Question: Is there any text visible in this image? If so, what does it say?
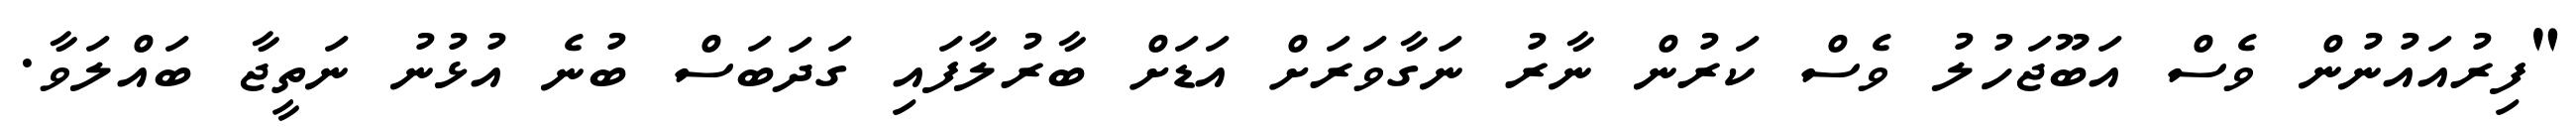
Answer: "ފިރުއައުނުން ވެސް އަބޫޖަހުލު ވެސް ކަރުން ނާރު ނަގާވަރަށް އަޑަށް ބާރުލާފައި ގަދަބަސް ބުނެ އުޅުނު ނަތީޖާ ބައްލަވާ.